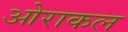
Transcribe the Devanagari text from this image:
ओराकल